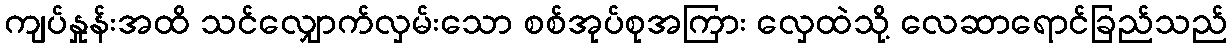
ကျပ်နှုန်းအထိ သင်လျှောက်လှမ်းသော စစ်အုပ်စုအကြား လှေထဲသို့ လေဆာရောင်ခြည်သည်